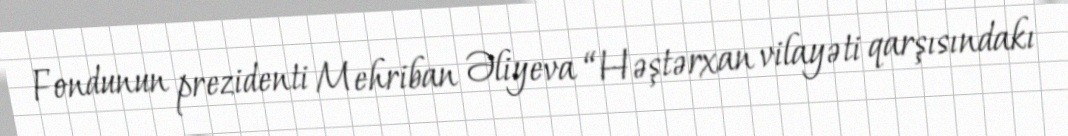
Fondunun prezidenti Mehriban Əliyeva “Həştərxan vilayəti qarşısındakı